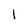
Character: 1